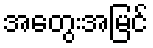
အတွေးအမြင်